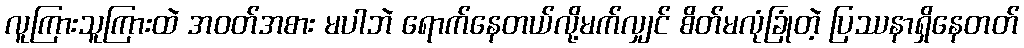
လူကြားသူကြားထဲ အဝတ်အစား မပါဘဲ ရောက်နေတယ်လို့မက်လျှင် စိတ်မလုံခြုံတဲ့ ပြဿနာရှိနေတတ်